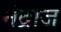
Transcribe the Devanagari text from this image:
नंद्राज